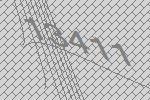
13411